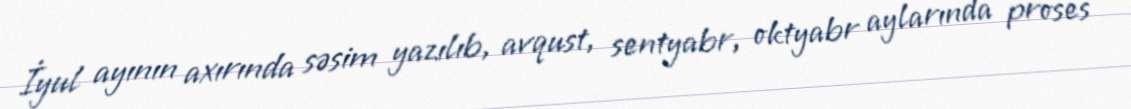
İyul ayının axırında səsim yazılıb, avqust, sentyabr, oktyabr aylarında proses